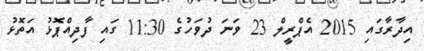
އިދާރާގައި 2015 އެޕްރީލް 23 ވަނަ ދުވަހުގެ 11:30 ގައި ފާދިއްޕޮޅު އަތޮޅު